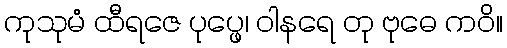
ကုသုမံ ထီရဇေ ပုပ္ဖေ၊ ဝါနရေ တု ဗုဓေ ကဝိ။